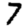
Digit: 7